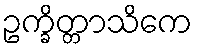
ဥက္ခိတ္တာသိကေ